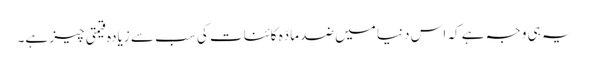
یہ ہی وجہ ہے کہ اس دنیا میں ضد مادّہ کائنات کی سب سے زیادہ قیمتی چیز ہے۔